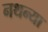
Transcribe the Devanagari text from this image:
नथन्या